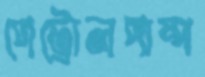
পেট্রোলপাম্প